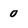
Character: 0